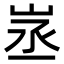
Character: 𡶽